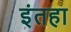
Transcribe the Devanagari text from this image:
इंतहा